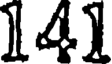
141